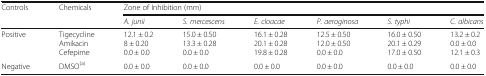
| <ROWSPAN=2> Controls | <ROWSPAN=2> Chemicals | <COLSPAN=6> Zone of Inhibition (mm) |
 | A. junii | S. mercescens | E. cloacae | P. aeroginosa | S. typhi | C. albicans |
 | --- | --- | --- | --- | --- | --- | --- | --- |
 | Positive | TigecyclineAmikacinCefepime | 12.1 ± 0.28 ± 0.200.0 ± 0.0 | 15.0 ± 0.5013.3 ± 0.280.0 ± 0.0 | 16.1 ± 0.2820.1 ± 0.2819.8 ± 0.28 | 12.5 ± 0.5012.0 ± 0.500.0 ± 0.0 | 16.0 ± 0.5020.1 ± 0.2917.0 ± 0.50 | 13.2 ± 0.20.0 ± 0.012.1 ± 0.3 |
 | Negative | DMSO(a) | 0.0 ± 0.0 | 0.0 ± 0.0 | 0.0 ± 0.0 | 0.0 ± 0.0 | 0.0 ± 0.0 | 0.0 ± 0.0 |